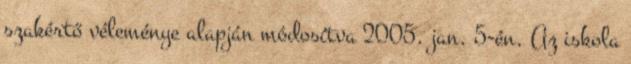
szakértő véleménye alapján módosítva 2005. jan. 5-én. Az iskola